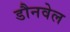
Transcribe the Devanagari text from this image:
डौनवेल